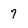
Character: 7